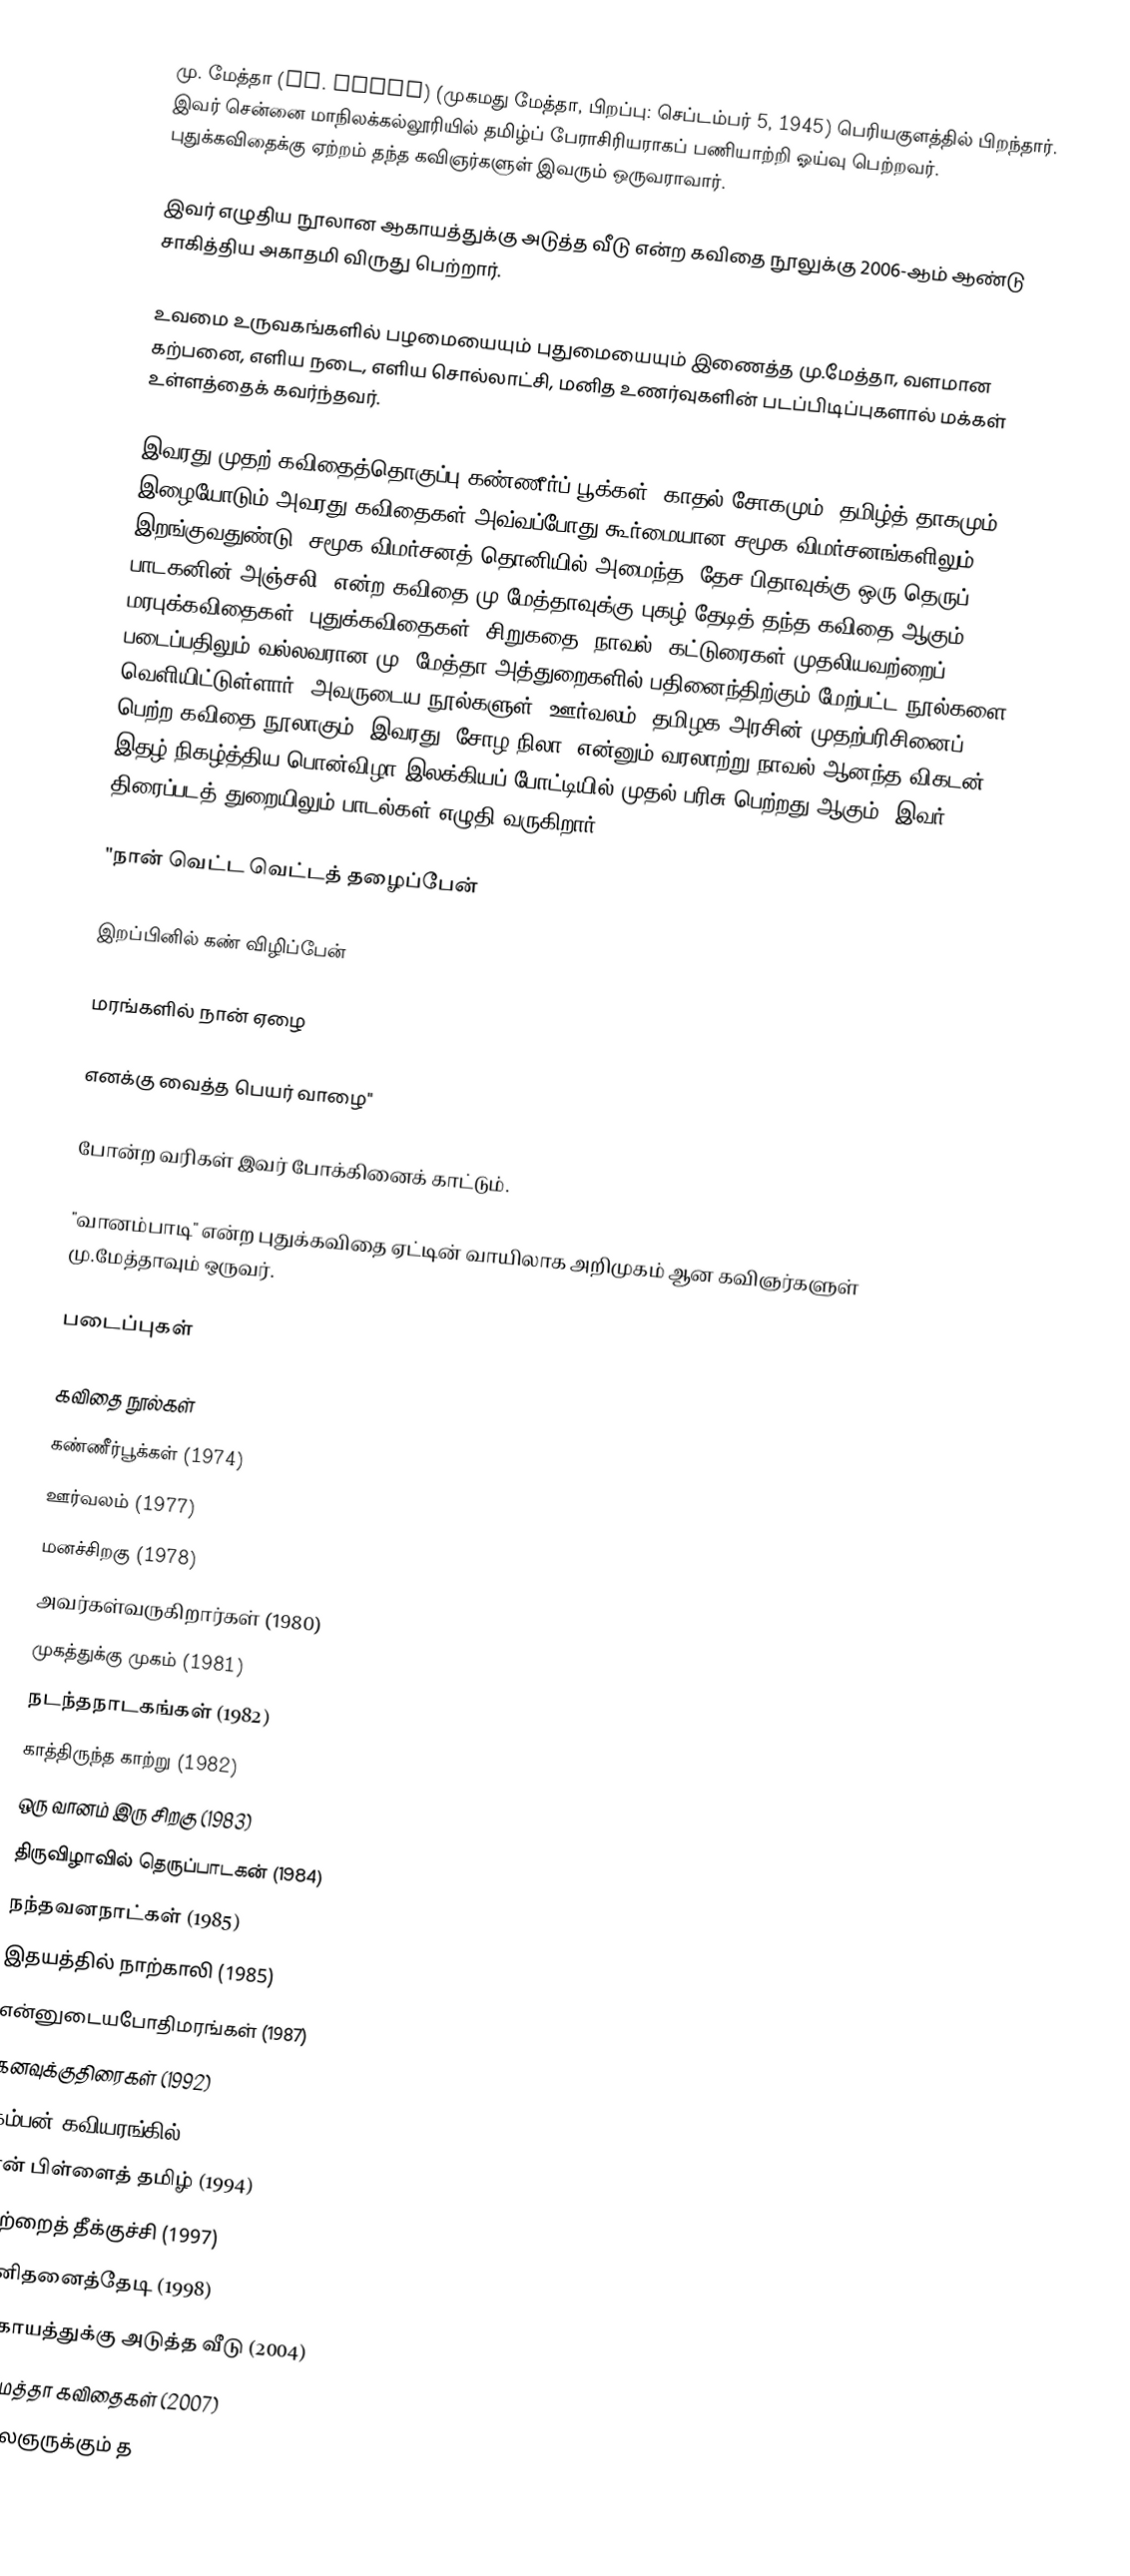
மு. மேத்தா (Mu. Metha) (முகமது மேத்தா, பிறப்பு: செப்டம்பர் 5, 1945) பெரியகுளத்தில் பிறந்தார். இவர் சென்னை மாநிலக்கல்லூரியில் தமிழ்ப் பேராசிரியராகப் பணியாற்றி ஓய்வு பெற்றவர். புதுக்கவிதைக்கு ஏற்றம் தந்த கவிஞர்களுள் இவரும் ஒருவராவார்.

இவர் எழுதிய நூலான ஆகாயத்துக்கு அடுத்த வீடு என்ற கவிதை நூலுக்கு 2006-ஆம் ஆண்டு சாகித்திய அகாதமி விருது பெற்றார்.

உவமை உருவகங்களில் பழமையையும் புதுமையையும் இணைத்த மு.மேத்தா, வளமான கற்பனை, எளிய நடை, எளிய சொல்லாட்சி, மனித உணர்வுகளின் படப்பிடிப்புகளால் மக்கள் உள்ளத்தைக் கவர்ந்தவர்.

இவரது முதற் கவிதைத்தொகுப்பு கண்ணீர்ப் பூக்கள். காதல் சோகமும், தமிழ்த் தாகமும் இழையோடும் அவரது கவிதைகள் அவ்வப்போது கூர்மையான சமூக விமர்சனங்களிலும் இறங்குவதுண்டு. சமூக விமர்சனத் தொனியில் அமைந்த "தேச பிதாவுக்கு ஒரு தெருப் பாடகனின் அஞ்சலி" என்ற கவிதை மு.மேத்தாவுக்கு புகழ் தேடித் தந்த  கவிதை ஆகும். மரபுக்கவிதைகள், புதுக்கவிதைகள், சிறுகதை, நாவல், கட்டுரைகள் முதலியவற்றைப் படைப்பதிலும் வல்லவரான மு. மேத்தா அத்துறைகளில் பதினைந்திற்கும் மேற்பட்ட நூல்களை வெளியிட்டுள்ளார். அவருடைய நூல்களுள் "ஊர்வலம்" தமிழக அரசின் முதற்பரிசினைப் பெற்ற கவிதை நூலாகும். இவரது "சோழ நிலா" என்னும் வரலாற்று நாவல் ஆனந்த விகடன் இதழ் நிகழ்த்திய பொன்விழா இலக்கியப் போட்டியில் முதல் பரிசு பெற்றது ஆகும். இவர் திரைப்படத் துறையிலும் பாடல்கள் எழுதி வருகிறார்.

"நான் வெட்ட வெட்டத் தழைப்பேன்

இறப்பினில் கண் விழிப்பேன்

மரங்களில் நான் ஏழை

எனக்கு வைத்த பெயர் வாழை"

போன்ற வரிகள் இவர் போக்கினைக் காட்டும்.

"வானம்பாடி" என்ற புதுக்கவிதை ஏட்டின் வாயிலாக அறிமுகம் ஆன கவிஞர்களுள் மு.மேத்தாவும் ஒருவர்.

படைப்புகள்

கவிதை நூல்கள்
 கண்ணீர்பூக்கள் (1974)
 ஊர்வலம்  (1977)
 மனச்சிறகு (1978)
 அவர்கள்வருகிறார்கள் (1980)
 முகத்துக்கு முகம் (1981)
 நடந்தநாடகங்கள் (1982)
 காத்திருந்த காற்று (1982)
 ஒரு வானம் இரு சிறகு (1983)
 திருவிழாவில் தெருப்பாடகன் (1984)
நந்தவனநாட்கள் (1985)
 இதயத்தில் நாற்காலி (1985)
 என்னுடையபோதிமரங்கள் (1987)
கனவுக்குதிரைகள் (1992)
 கம்பன் கவியரங்கில் (1993)
 என் பிள்ளைத் தமிழ் (1994)
 ஒற்றைத் தீக்குச்சி (1997)
 மனிதனைத்தேடி (1998)
 ஆகாயத்துக்கு அடுத்த வீடு (2004)
மு.மேத்தா கவிதைகள் (2007)
 கலைஞருக்கும் த